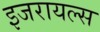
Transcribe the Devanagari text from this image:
इजरायल्स